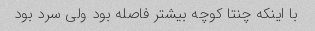
با اینکه چنتا کوچه بیشتر فاصله بود ولی سرد بود